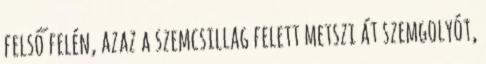
felső felén, azaz a szemcsillag felett metszi át szemgolyót,